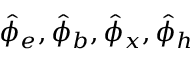
\hat { \phi } _ { e } , \hat { \phi } _ { b } , \hat { \phi } _ { x } , \hat { \phi } _ { h }